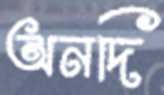
অনদি